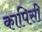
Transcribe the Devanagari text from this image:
कापिसी